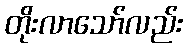
တိုးလာသော်လည်း